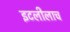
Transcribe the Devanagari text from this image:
इटलीलाच